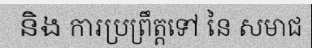
និង ការប្រព្រឹត្តទៅ នៃ សមាជ